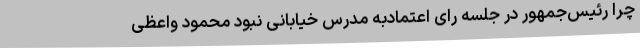
چرا رئیس‌جمهور در جلسه رای اعتمادبه مدرس خیابانی نبود محمود واعظی